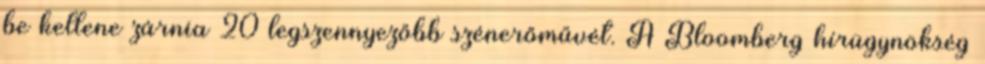
be kellene zárnia 20 legszennyezőbb szénerőművét. A Bloomberg hírügynökség